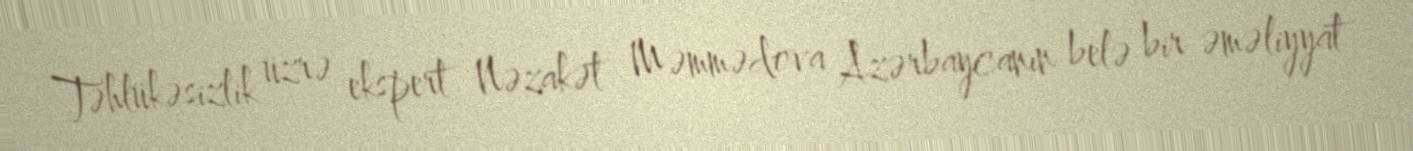
Təhlükəsizlik üzrə ekspert Nəzakət Məmmədova Azərbaycanın belə bir əməliyyat